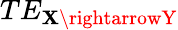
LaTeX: TE_{\mathbf{X}\rightarrowY}